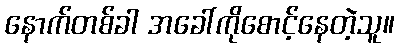
နောက်တစ်ခါ အခေါ်ကိုစောင့်နေတဲ့သူ။